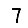
Digit: 7